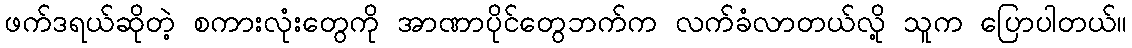
ဖက်ဒရယ်ဆိုတဲ့ စကားလုံးတွေကို အာဏာပိုင်တွေဘက်က လက်ခံလာတယ်လို့ သူက ပြောပါတယ်။